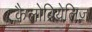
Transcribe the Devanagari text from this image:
कैलोब्रियेलिज़